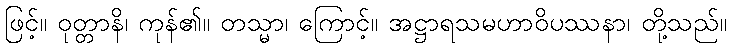
ဖြင့်။ ဝုတ္တာနိ၊ ကုန်၏။ တသ္မာ၊ ကြောင့်။ အဋ္ဌာရသမဟာဝိပဿနာ၊ တို့သည်။